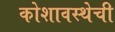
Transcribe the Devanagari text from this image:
कोशावस्थेची